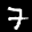
Label: 7